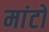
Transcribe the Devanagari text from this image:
मांटों